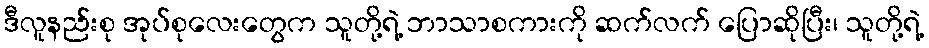
ဒီလူနည်းစု အုပ်စုလေးတွေက သူတို့ရဲ့ ဘာသာစကားကို ဆက်လက် ပြောဆိုပြီး၊ သူတို့ရဲ့